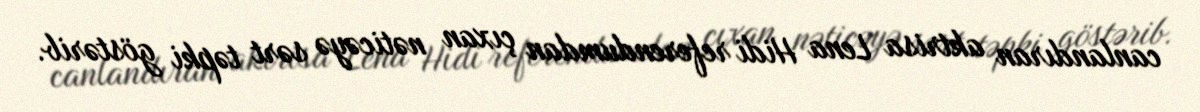
canlandıran aktrisa Lena Hidi referendumdan çıxan nəticəyə sərt təpki göstərib.